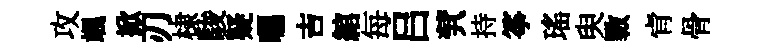
攻颯掀刃棣駿疑囑吉綰每吕茕持筝瑤臾斁肻骨